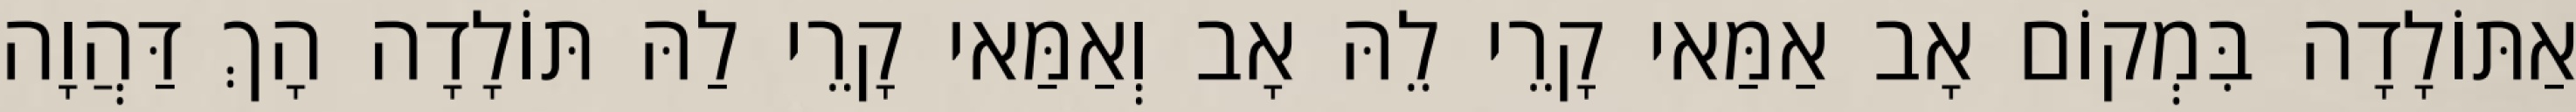
אַתּוֹלָדָה בִּמְקוֹם אָב אַמַּאי קָרֵי לֵהּ אָב וְאַמַּאי קָרֵי לַהּ תּוֹלָדָה הָךְ דַּהֲוָה